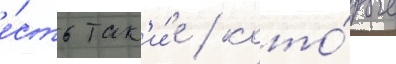
е́сть так'и́е / кото́рые